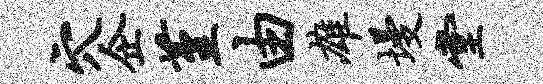
穴企堇由雄墁堂